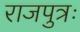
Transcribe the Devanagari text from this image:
राजपुत्रः